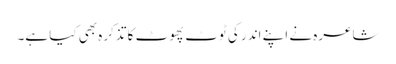
شاعرہ نے اپنے اندر کی ٹوٹ پھوٹ کا تذکرہ بھی کیا ہے۔